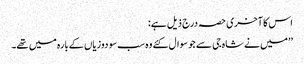
اس کا آخری حصہ درج ذیل ہے:
’’میں نے شاہ جی سے جو سوال کئے وہ سب سو دوزیاں کےبارہ میں تھے۔